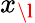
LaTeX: x_{\l}